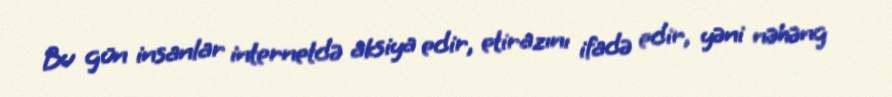
Bu gün insanlar internetdə aksiya edir, etirazını ifadə edir, yəni nəhəng